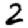
Digit: 2